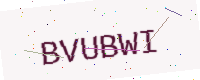
Text: BVUBWI